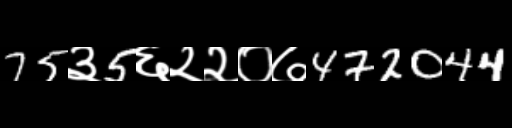
Text: 75३5६२२०७472044